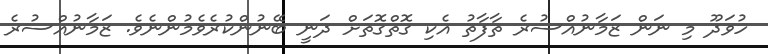
ހުވަދޫ މި ނަން ޒަމާނުއްސުރެ ތާފާތު އެކި ގޮތްގޮތަށް ދަނީ ބޭނުންކުރެވެމުންނެވެ. ޒަމާނުއްސުރެ